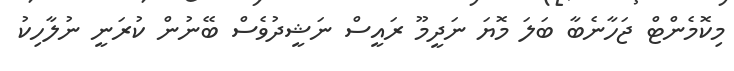
މިކޮމެންޓް ޖަހާނެބާ ބަލަ މޮޔަ ނަދީމޫ ރައީސް ނަޝީދުވެސް ބޭނުން ކުރަނީ ނުލާހިކު